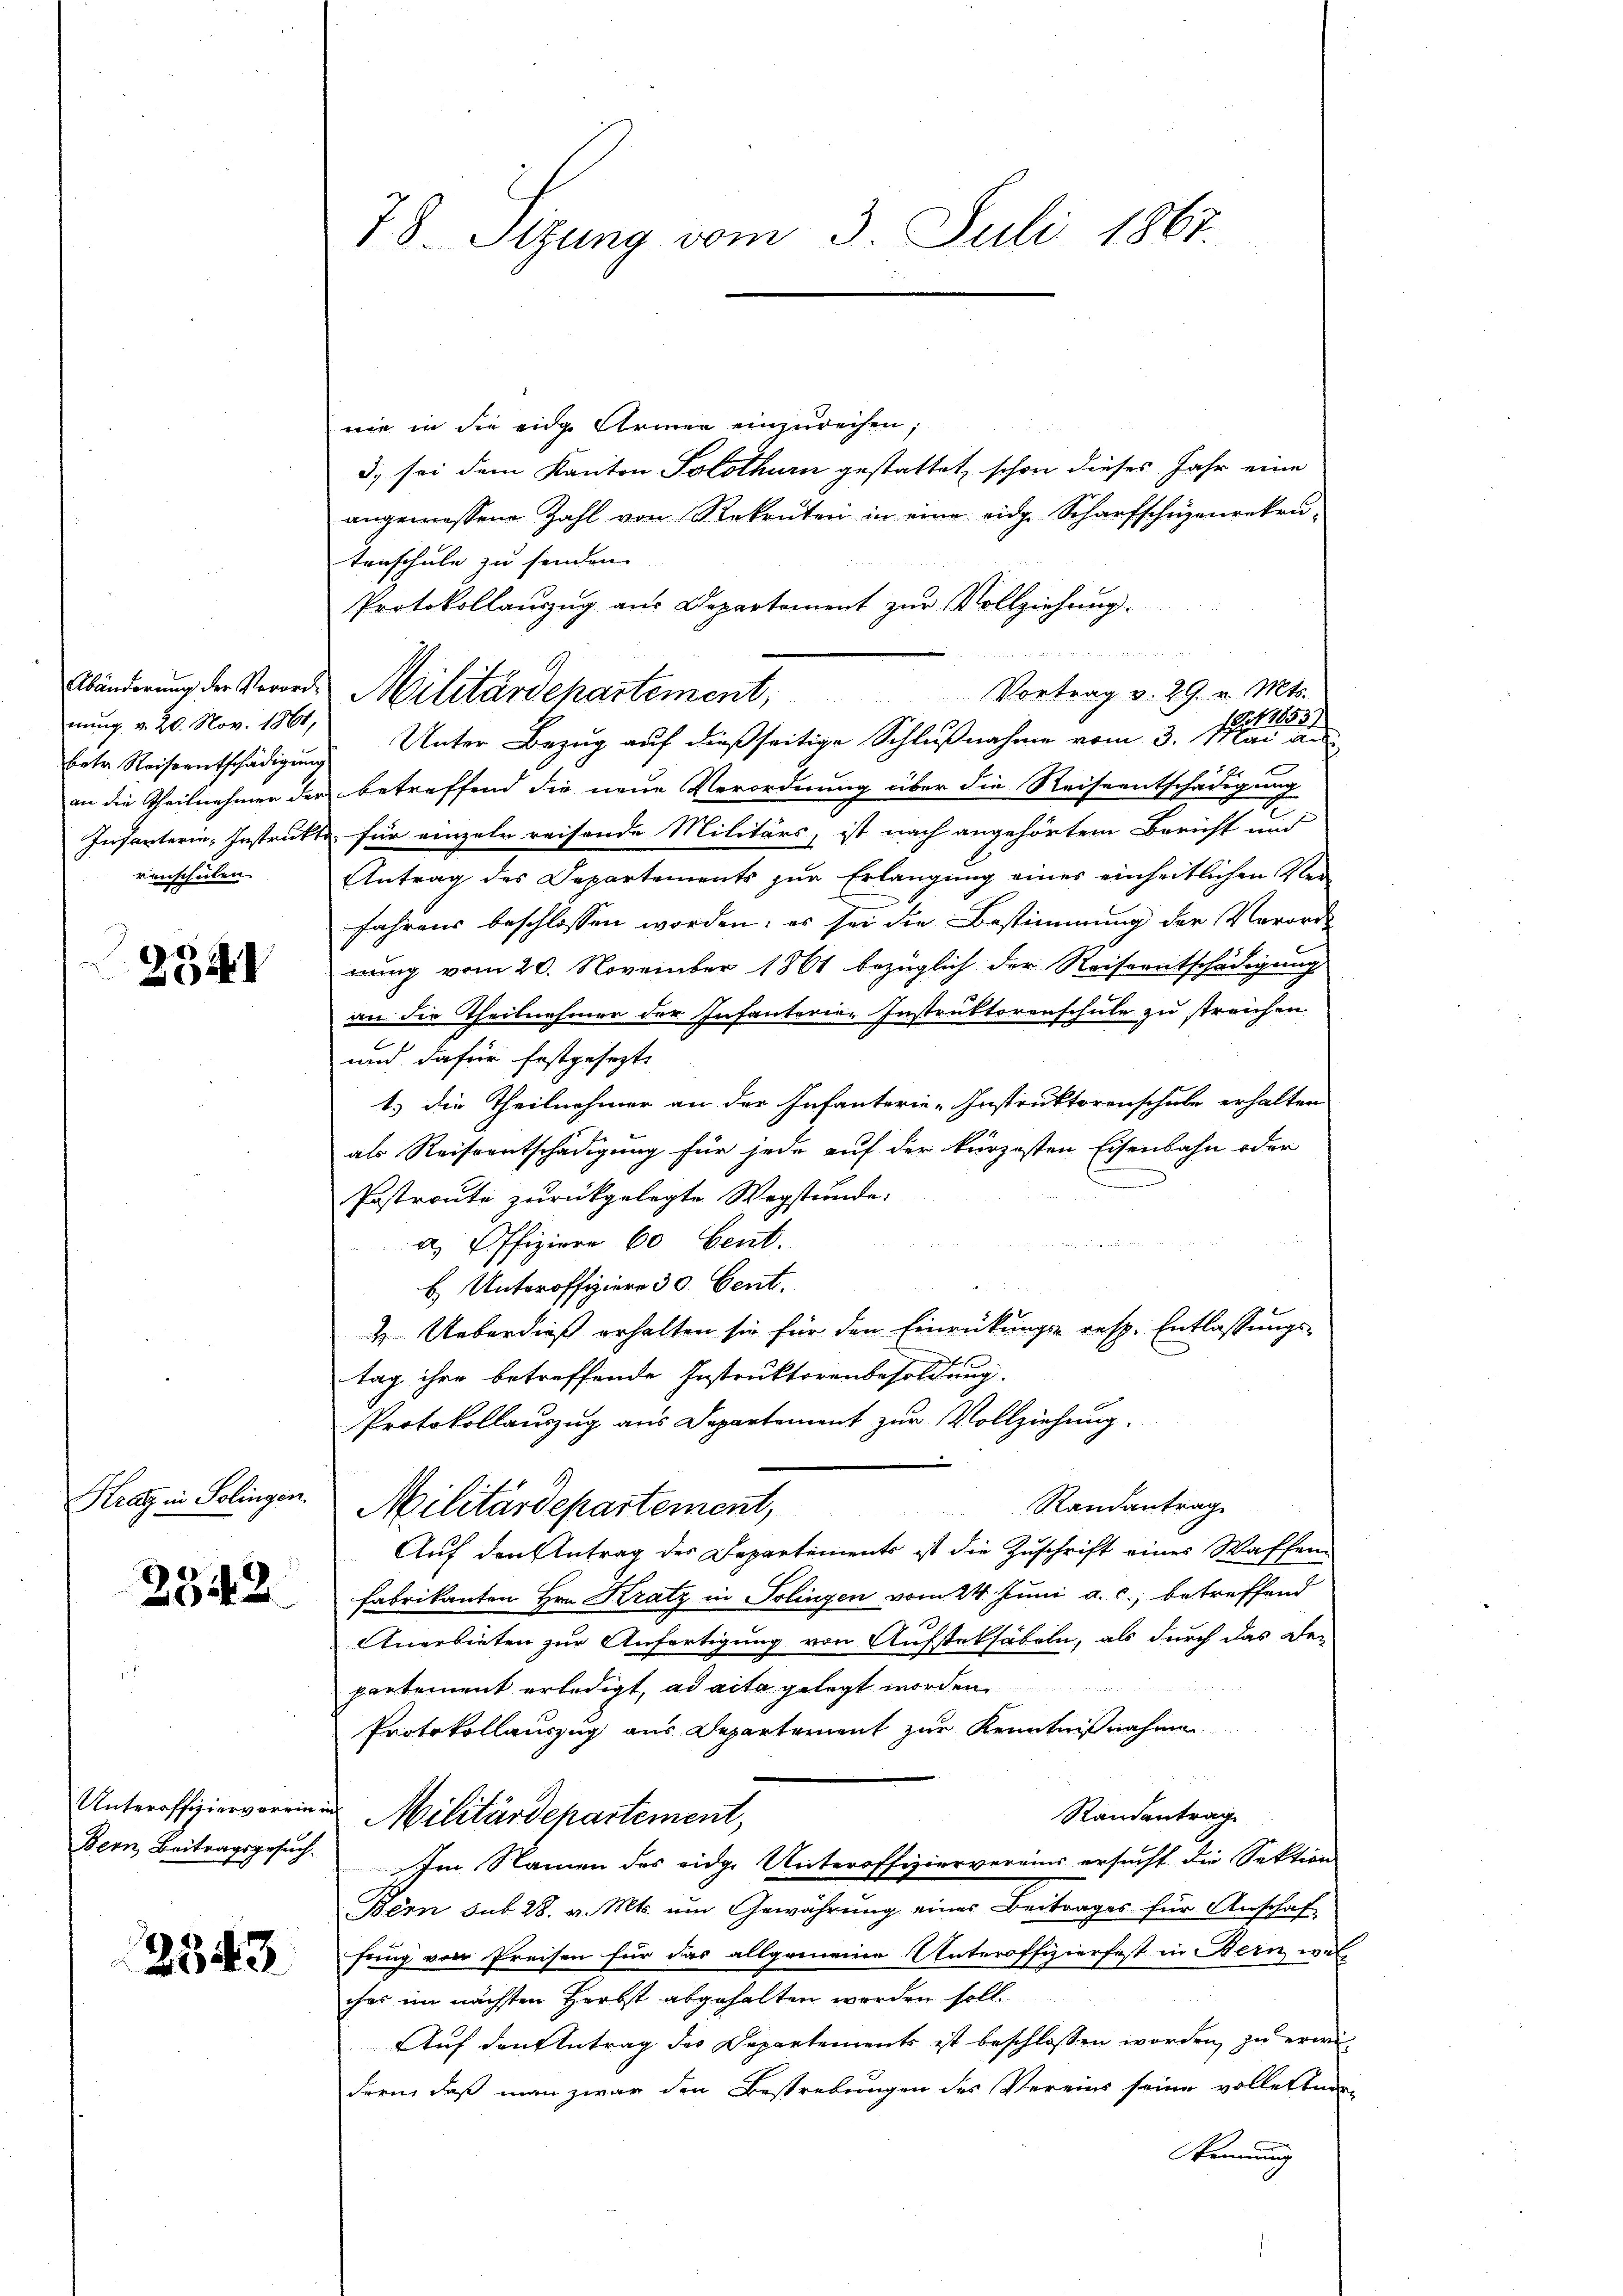
betr. Reiseentschädigung
renschulen.

234

Kratz in Solingen.

2343

2543

78. Stzung vom 3. Juli 1867.

nie in die eidge Armen einzurechen,
5. sei dem Kanton Solothurn gestattet, schon dieses Jahr eine
angemessene Zahl von Rekruten in eine eidge Scharfschüzenrekrutenschule zu senden.
Protokollauszug aus Departement zur Vollziehung.
xx
Vortrag v. 29. v. Mts.
(Sit 1853)
 20. Nov. 1861 Unter Bezug auf dießseitige Schlußnahme vom 3. Mai au
an die Theilnehmer der betreffend die neue Verordnung über die Reiseentschädigung
Infanterin, Instrukte für einzeln reisende Militärs, ist nach angehörtem Bericht und
Antrag des Departements zur Erlangung einer einheitlichen Verfahrens beschlossen worden; es sei die Bestimmung der Verorde
nung vom 20. November 1861 bezüglich der Reiseentschädigung
an die Theilnehmer der Infanterie-Instruktorenschule zu streichen
und dafür festgesezte
1.) die Theilnehmer an der Infanterie-Instruktorenschule erhalten
als Reiseentschädigung für jede auf der kürzesten Eisenbahn oder
Postroute zurückgelegte Wegstunde:
a) Offiziere 60 Cent.
E Unteroffiziere 30 Cent.
& Ueberdieß erhalten sie für den Einrückungs- resp. Entlassungs¬

tag ihre betreffende Instruktorenbesoldung.
Protokollauszug aus Departement zur Vollziehung.
e
Randantrag
Militärdepartement,
Auf den Antrag der Departements ist die Zuschrift eines Waffen¬
Fabrikanten Hrn. Kratz in Solingen vom 24. Juni a. c., betreffend
Anerbieten zur Anfertigung von Aufstetsäbeln, als durch das De-
partement erledigt, ad acta gelegt worden.
Protokollauszug aus Departement zur Kenntnißnahme
Unteroffiziervorrin in Militärdepartement,
Randantrag
Bern Beitragsgesuch. Im Namen des eidge Unteroffiziervereins ersucht die Sektion
Bern sub 28. v. Mts. um Gewährung einer Beitrages für Anschaf
fung von Preisen für das allgemeine Unteroffizierfest in Bern wel
ches im nächsten Herbst abgehalten worden soll.
Auf den Antrag des Departements ist beschlossen worden, zu erwidern, daß man zwar den Bestrebungen des Vereins seine vollettner
ennung

Abänderung der Verordes Militärdepartement,